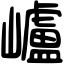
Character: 㠠